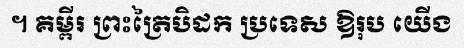
។ គម្ពីរ ព្រះត្រៃបិដក ប្រទេស ឱរុប យើង